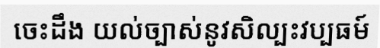
ចេះដឹង យល់ច្បាស់នូវសិល្បះវប្បធម៍